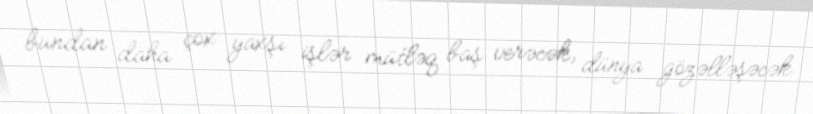
bundan daha çox yaxşı işlər mütləq baş verəcək, dünya gözəlləşəcək.